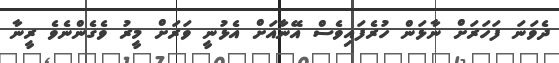
ދެވަނަ ފަހަރަށް ނާޅަން ހުރެފައިވެސް އޭނާއަށް އެޅުނީ ވަރަށް މީރު ވެގެންނެވެ ރީނާ